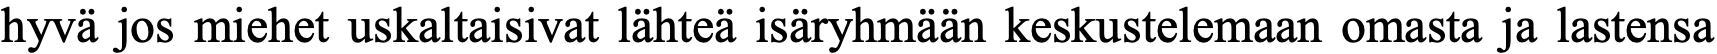
hyvä jos miehet uskaltaisivat lähteä isäryhmään keskustelemaan omasta ja lastensa